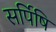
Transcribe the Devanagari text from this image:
सर्पिषि